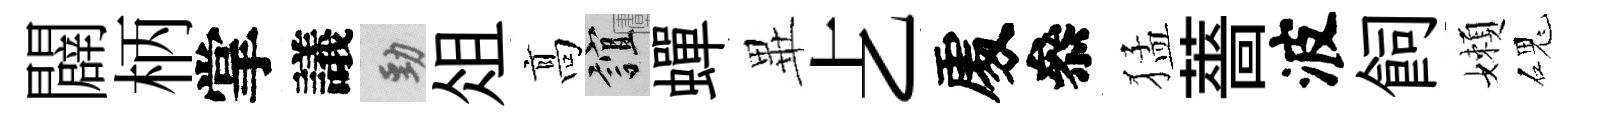
闢柄掌議勁俎髙誼蟬𭺾𠧒𠁅叅猛薔波飼嬾磈